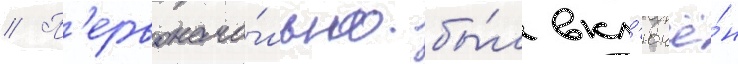
// П'ервонача́льно бы́л вкл'ючё́н